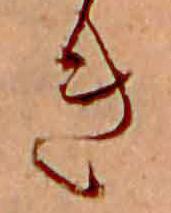
き